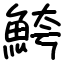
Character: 鮬